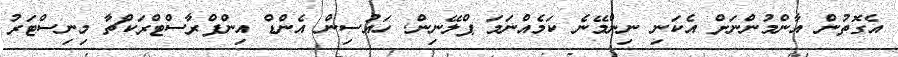
އެގޮތުން އާންމުންނަށް އެކަނި ނިންމޭނެ ކަމެއްނަަމަ ޕްލޭނިން